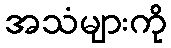
အသံများကို